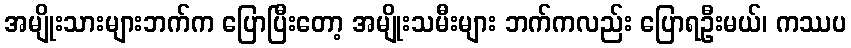
အမျိုးသားများဘက်က ပြောပြီးတော့ အမျိုးသမီးများ ဘက်ကလည်း ပြောရဦးမယ်၊ ကဿပ